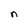
Character: n